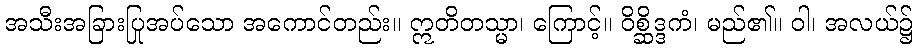
အသီးအခြားပြုအပ်သော အကောင်တည်း။ ဣတိတသ္မာ၊ ကြောင့်။ ဝိစ္ဆိဒ္ဒကံ၊ မည်၏။ ဝါ၊ အလယ်၌